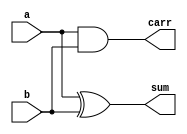
module halfAdder (
    input wire a,
    input wire b,

    output wire sum,
    output wire carr
);

xor g0 (sum, a, b);
and g1 (carr, a, b);

endmodule